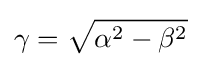
\gamma ={\sqrt {\alpha ^{2}-\beta ^{2}}}